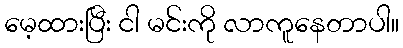
မေ့ထားပြီး ငါ မင်းကို လာကူနေတာပါ။